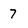
Character: 7